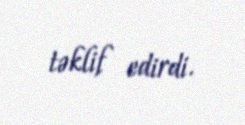
təklif edirdi.